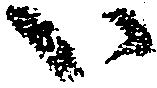
い